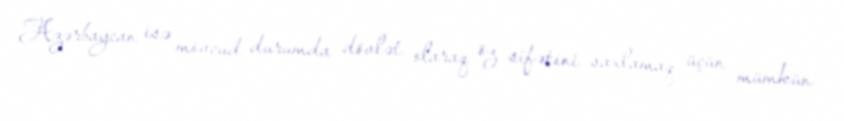
Azərbaycan isə mövcud durumda dövlət olaraq öz sifətini saxlamaq üçün mümkün